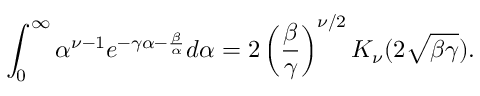
\int _ { 0 } ^ { \infty } \alpha ^ { \nu - 1 } e ^ { - \gamma \alpha - \frac { \beta } { \alpha } } d \alpha = 2 \left( \frac { \beta } { \gamma } \right) ^ { \nu / 2 } K _ { \nu } ( 2 \sqrt { \beta \gamma } ) .